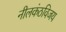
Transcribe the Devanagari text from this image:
नीलकंठविजय